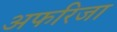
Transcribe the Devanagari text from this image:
अफरिजा